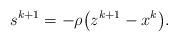
LaTeX: \begin{align*}s^{k+1} = - \rho \big(z^{k+1} - x^k \big).\end{align*}